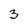
Character: 3